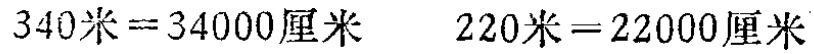
$340米=34000厘米\ \ 220米=22000厘米$